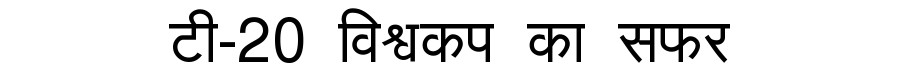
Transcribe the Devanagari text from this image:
टी-20 विश्वकप का सफर